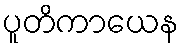
ပူတိကာယေန